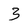
Character: 3